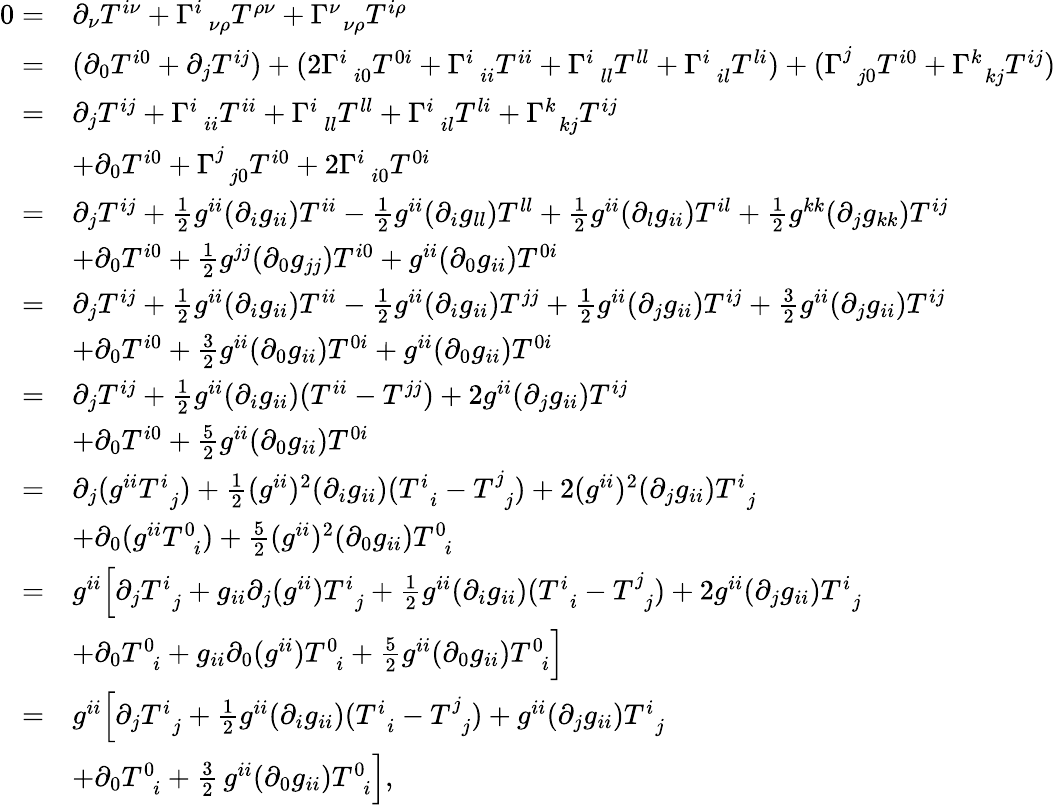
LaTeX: \begin{array}{rl}{0=}&{\partial_{\nu}T^{i\nu}+\Gamma_{\, \, \, \nu\rho}^{i}T^{\rho\nu}+\Gamma_{\, \, \, \nu\rho}^{\nu}T^{i\rho}}\\ {=}&{(\partial_{0}T^{i0}+\partial_{j}T^{ij})+(2\Gamma_{\, \, \, i0}^{i}T^{0i}+\Gamma_{\, \, \, ii}^{i}T^{ii}+\Gamma_{\, \, \, ll}^{i}T^{ll}+\Gamma_{\, \, \, il}^{i}T^{li})+(\Gamma_{\, \, \, j0}^{j}T^{i0}+\Gamma_{\, \, \, kj}^{k}T^{ij})}\\ {=}&{\partial_{j}T^{ij}+\Gamma_{\, \, \, ii}^{i}T^{ii}+\Gamma_{\, \, \, ll}^{i}T^{ll}+\Gamma_{\, \, \, il}^{i}T^{li}+\Gamma_{\, \, \, kj}^{k}T^{ij}}\\ &{+\partial_{0}T^{i0}+\Gamma_{\, \, \, j0}^{j}T^{i0}+2\Gamma_{\, \, \, i0}^{i}T^{0i}}\\ {=}&{\partial_{j}T^{ij}+\frac{1}{2}g^{ii}(\partial_{i}g_{ii})T^{ii}-\frac{1}{2}g^{ii}(\partial_{i}g_{ll})T^{ll}+\frac{1}{2}g^{ii}(\partial_{l}g_{ii})T^{il}+\frac{1}{2}g^{kk}(\partial_{j}g_{kk})T^{ij}}\\ &{+\partial_{0}T^{i0}+\frac{1}{2}g^{jj}(\partial_{0}g_{jj})T^{i0}+g^{ii}(\partial_{0}g_{ii})T^{0i}}\\ {=}&{\partial_{j}T^{ij}+\frac{1}{2}g^{ii}(\partial_{i}g_{ii})T^{ii}-\frac{1}{2}g^{ii}(\partial_{i}g_{ii})T^{jj}+\frac{1}{2}g^{ii}(\partial_{j}g_{ii})T^{ij}+\frac{3}{2}g^{ii}(\partial_{j}g_{ii})T^{ij}}\\ &{+\partial_{0}T^{i0}+\frac{3}{2}g^{ii}(\partial_{0}g_{ii})T^{0i}+g^{ii}(\partial_{0}g_{ii})T^{0i}}\\ {=}&{\partial_{j}T^{ij}+\frac{1}{2}g^{ii}(\partial_{i}g_{ii})(T^{ii}-T^{jj})+2g^{ii}(\partial_{j}g_{ii})T^{ij}}\\ &{+\partial_{0}T^{i0}+\frac{5}{2}g^{ii}(\partial_{0}g_{ii})T^{0i}}\\ {=}&{\partial_{j}(g^{ii}T_{\, \, \, j}^{i})+\frac{1}{2}(g^{ii})^{2}(\partial_{i}g_{ii})(T_{\, \, \, i}^{i}-T_{\, \, \, j}^{j})+2(g^{ii})^{2}(\partial_{j}g_{ii})T_{\, \, \, j}^{i}}\\ &{+\partial_{0}(g^{ii}T_{\, \, \, i}^{0})+\frac{5}{2}(g^{ii})^{2}(\partial_{0}g_{ii})T_{\, \, \, i}^{0}}\\ {=}&{g^{ii}\Big[\partial_{j}T_{\, \, \, j}^{i}+g_{ii}\partial_{j}(g^{ii})T_{\, \, \, j}^{i}+\frac{1}{2}g^{ii}(\partial_{i}g_{ii})(T_{\, \, \, i}^{i}-T_{\, \, \, j}^{j})+2g^{ii}(\partial_{j}g_{ii})T_{\, \, \, j}^{i}}\\ &{+\partial_{0}T_{\, \, \, i}^{0}+g_{ii}\partial_{0}(g^{ii})T_{\, \, \, i}^{0}+\frac{5}{2}g^{ii}(\partial_{0}g_{ii})T_{\, \, \, i}^{0}\Big]}\\ {=}&{g^{ii}\Big[\partial_{j}T_{\, \, \, j}^{i}+\frac{1}{2}g^{ii}(\partial_{i}g_{ii})(T_{\, \, \, i}^{i}-T_{\, \, \, j}^{j})+g^{ii}(\partial_{j}g_{ii})T_{\, \, \, j}^{i}}\\ &{+\partial_{0}T_{\, \, \, i}^{0}+\frac{3}{2}\, g^{ii}(\partial_{0}g_{ii})T_{\, \, \, i}^{0}\Big],}\end{array}